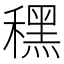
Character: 䆀